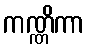
ကဏ္ဏိကာ